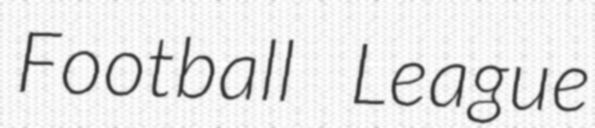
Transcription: Football League